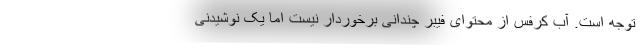
توجه است. آب کرفس از محتوای فیبر چندانی برخوردار نیست اما یک نوشیدنی